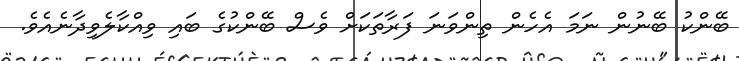
ބޭންކު ބޭނުން ނަމަ އެހެން ތިންވަނަ ފަރާތަކަށް ވެސް ބޭންކުގެ ބައި ވިއްކާލެވިދާނެއެވެ.